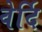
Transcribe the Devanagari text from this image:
वेर्दि